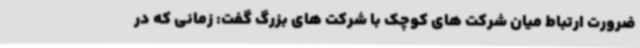
ضرورت ارتباط میان شرکت های کوچک با شرکت های بزرگ گفت: زمانی که در